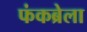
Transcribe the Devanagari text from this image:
फंकब्रेला